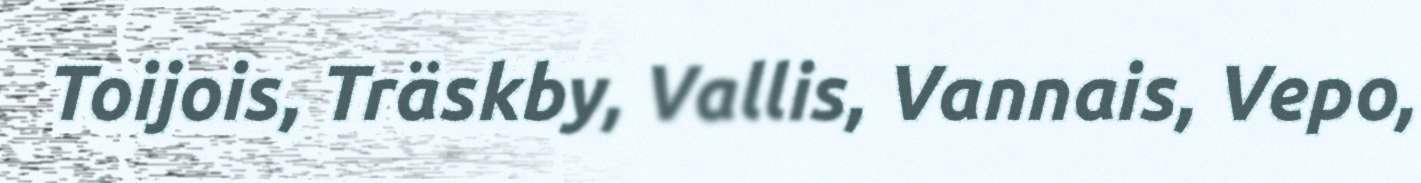
Toijois, Träskby, Vallis, Vannais, Vepo,